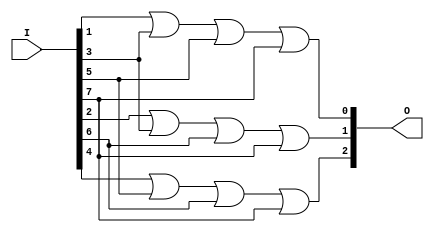
module behavioral_module (
    output [2:0] O,
    input [7:0] I
);

    always @* begin
        O[0] = I[1] | I[3] | I[5] | I[7];
        O[1] = I[2] | I[3] | I[6] | I[7];
        O[2] = I[4] | I[5] | I[6] | I[7];
    end

endmodule